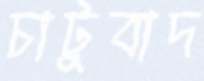
চাটুবাদ